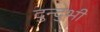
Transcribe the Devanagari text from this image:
दुन्‍दुभी